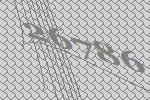
26786